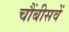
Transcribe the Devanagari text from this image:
चौंबीसवें